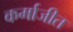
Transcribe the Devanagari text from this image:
कर्माजीत